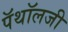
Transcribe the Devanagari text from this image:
पॅथॉलजी